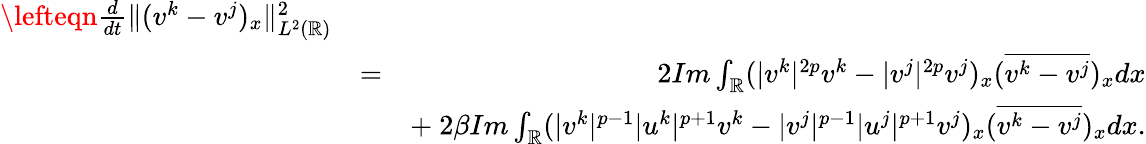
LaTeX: \begin{array}{rlr}{\lefteqn{\frac{d}{dt}\| (v^{k}-v^{j})_{x}\| _{L^{2}(\mathbb{R})}^{2}}}\\ &{=}&{2Im\int_{\mathbb{R}}(|v^{k}|^{2p}v^{k}-|v^{j}|^{2p}v^{j})_{x}(\overline{{v^{k}-v^{j}}})_{x}dx}\\ &{}&{+\ 2\beta Im\int_{\mathbb{R}}(|v^{k}|^{p-1}|u^{k}|^{p+1}v^{k}-|v^{j}|^{p-1}|u^{j}|^{p+1}v^{j})_{x}(\overline{{v^{k}-v^{j}}})_{x}dx.}\end{array}